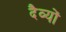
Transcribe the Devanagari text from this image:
दैव्यों